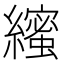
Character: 𮉒